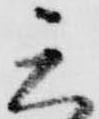
三